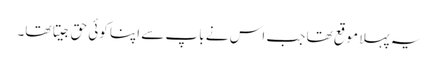
یہ پہلا موقع تھا جب اس نے باپ سے اپنا کوئی حق جیتا تھا۔